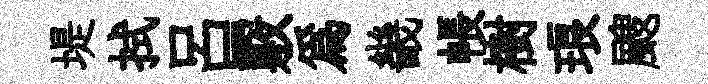
堤拭吕覈為畿帳樹琅颼